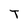
Character: T